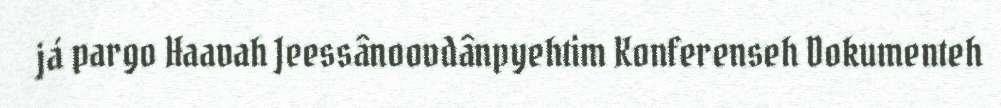
já pargo Haavah Jeessânoovdânpyehtim Konferenseh Dokumenteh